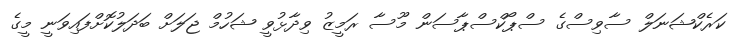
ކަރެކްޝަނަލް ސާވިސްގެ ސްޕޯކްސްޕާސަން މޫސާ ރަމީޒު ވިދާޅުވީ ޝަހުމް ޖަލަށް ބަދަލުކޮށްފައިވަނީ މީގެ